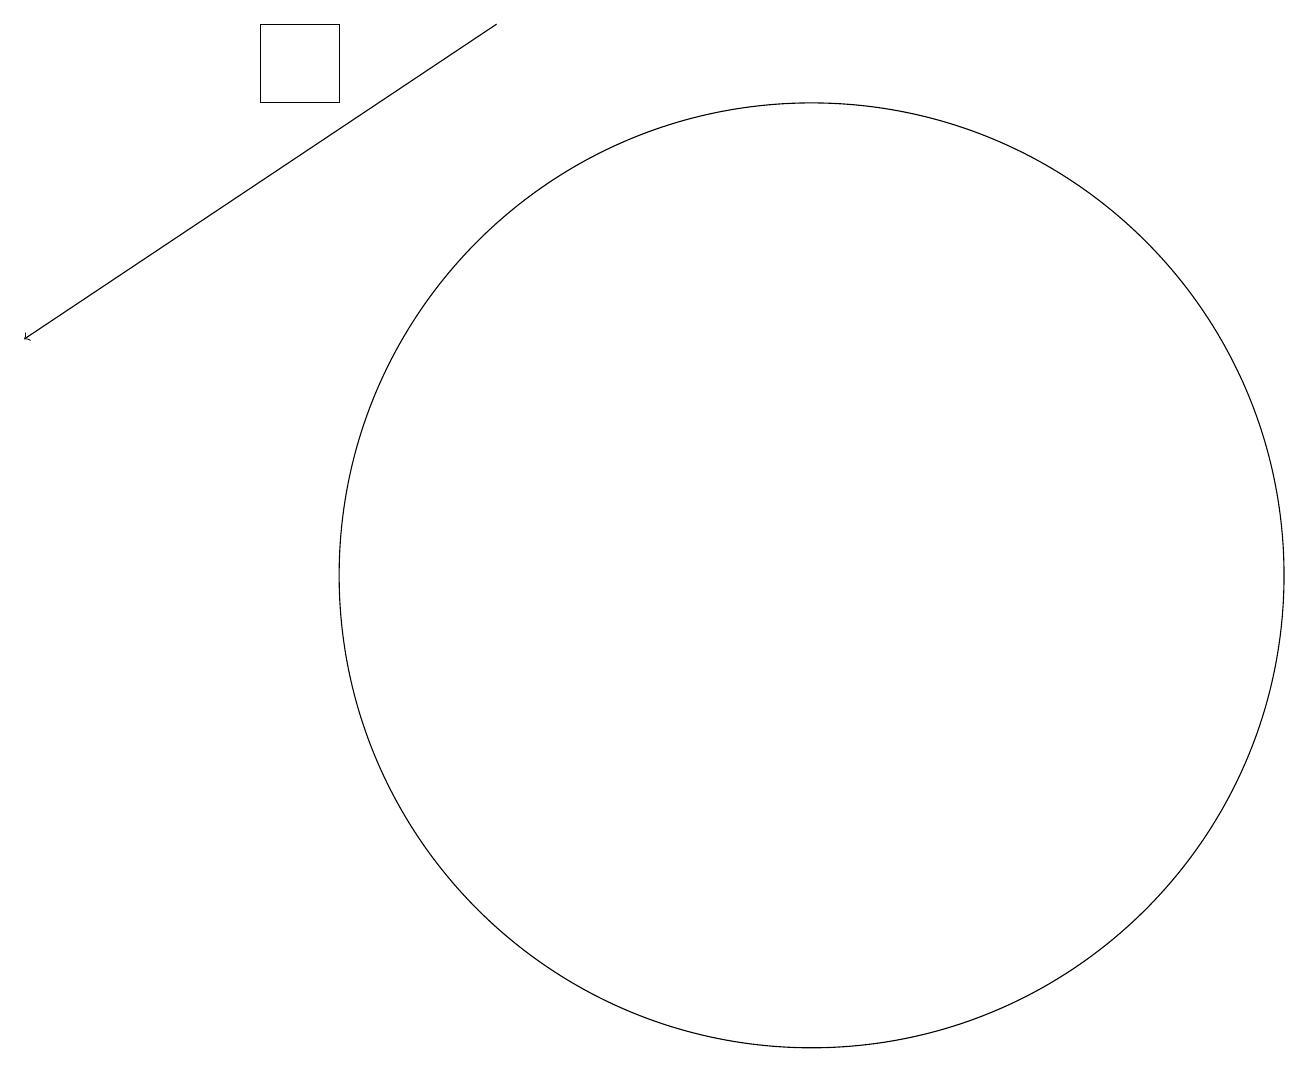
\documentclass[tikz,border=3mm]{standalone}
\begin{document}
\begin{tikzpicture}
\draw (11,10) circle (6);
\draw (5,17) rectangle (4,16);
\draw[->] (7,17) -- (1,13);
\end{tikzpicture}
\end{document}